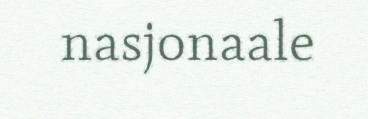
nasjonaale